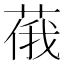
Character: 𱽺